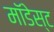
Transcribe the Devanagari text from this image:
मॉडेस्ट